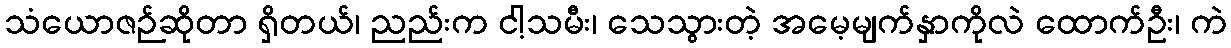
သံယောဇဉ်ဆိုတာ ရှိတယ်၊ ညည်းက ငါ့သမီး၊ သေသွားတဲ့ အမေ့မျက်နှာကိုလဲ ထောက်ဦး၊ ကဲ